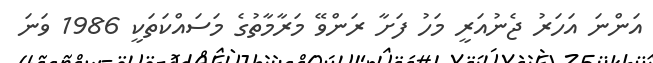
އަންނަ އަހަރު ޖެނުއަރީ މަހު ފަށާ ރަންވޭ މަރާމާތުގެ މަސައްކަތަކީ 1986 ވަނަ